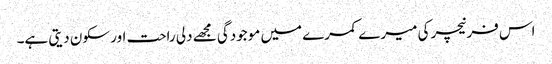
اس فرنیچر کی میرے کمرے میں موجودگی مجھے دلی راحت اور سکون دیتی ہے۔